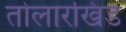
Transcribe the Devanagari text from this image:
तोलारखिंड